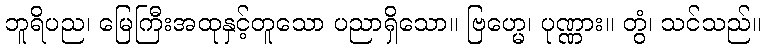
ဘူရိပည၊ မြေကြီးအထုနှင့်တူသော ပညာရှိသော။ ဗြဟ္မေ၊ ပုဏ္ဏား။ တွံ၊ သင်သည်။